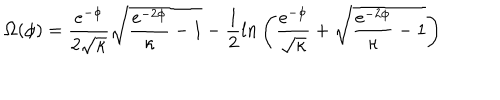
\Omega ( \phi ) = \frac { e ^ { - \phi } } { 2 \sqrt { \kappa } } \sqrt { \frac { e ^ { - 2 \phi } } { \kappa } - 1 } - \frac { 1 } { 2 } l n \left( \frac { e ^ { - \phi } } { \sqrt { \kappa } } + \sqrt { \frac { e ^ { - 2 \phi } } { \kappa } - 1 } \right)